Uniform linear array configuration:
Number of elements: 32
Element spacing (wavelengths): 1
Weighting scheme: hann
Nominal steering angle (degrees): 0
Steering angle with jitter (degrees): -1.649
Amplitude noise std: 0.05
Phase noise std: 0.05

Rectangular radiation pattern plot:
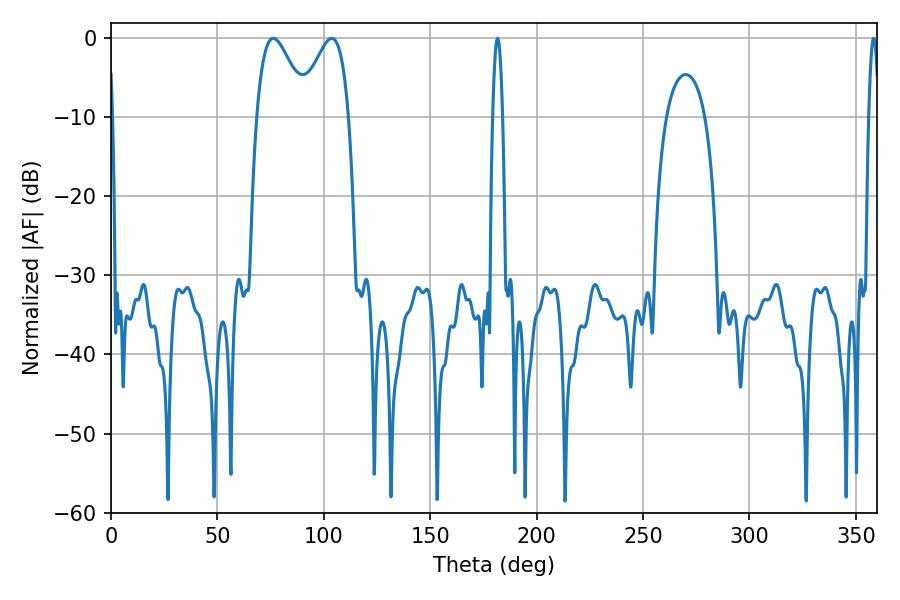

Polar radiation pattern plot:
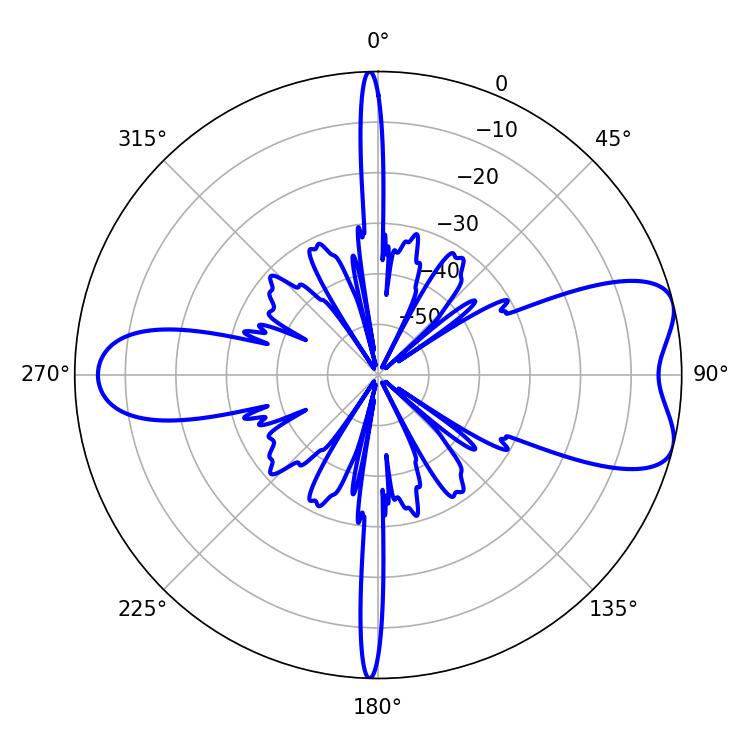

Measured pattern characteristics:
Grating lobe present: TRUE
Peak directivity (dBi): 7.374
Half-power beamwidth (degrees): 12.6
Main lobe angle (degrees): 76.32